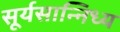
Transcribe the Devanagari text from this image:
सूर्यसान्निध्य